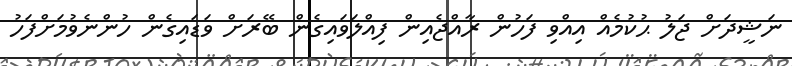
ނަޝީދަށް ޖަލު ޙުކުމެއް އިއްވި ފަހުން ރާއްޖެއިން ފިއްލަވައިގެން ބޭރަށް ވަޑައިގެން ހުންނެވުމަށްފަހު